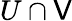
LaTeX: U\cap\mathsf{V}